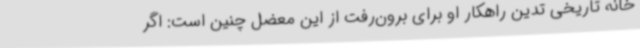
خانه تاریخی تدین راهکار او برای برون‌رفت از این معضل چنین است: اگر